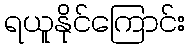
ရယူနိုင်ကြောင်း